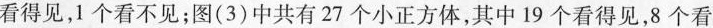
看得见，1个看不见；图(3)中共有27个小正方体，其中19个看得见，8个看